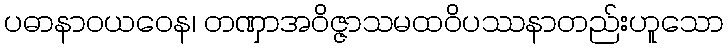
ပဓာနာဝယဝေန၊ တဏှာအဝိဇ္ဇာသမထဝိပဿနာတည်းဟူသော